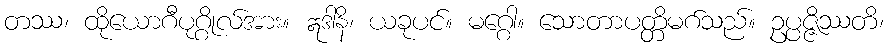
တဿ၊ ထိုယောဂီပုဂ္ဂိုလ်အား။ ဣဒါနိ၊ ယခုပင်။ မဂ္ဂေါ။ သောတာပတ္တိမဂ်သည်။ ဥပ္ပဇ္ဇိဿတိ၊